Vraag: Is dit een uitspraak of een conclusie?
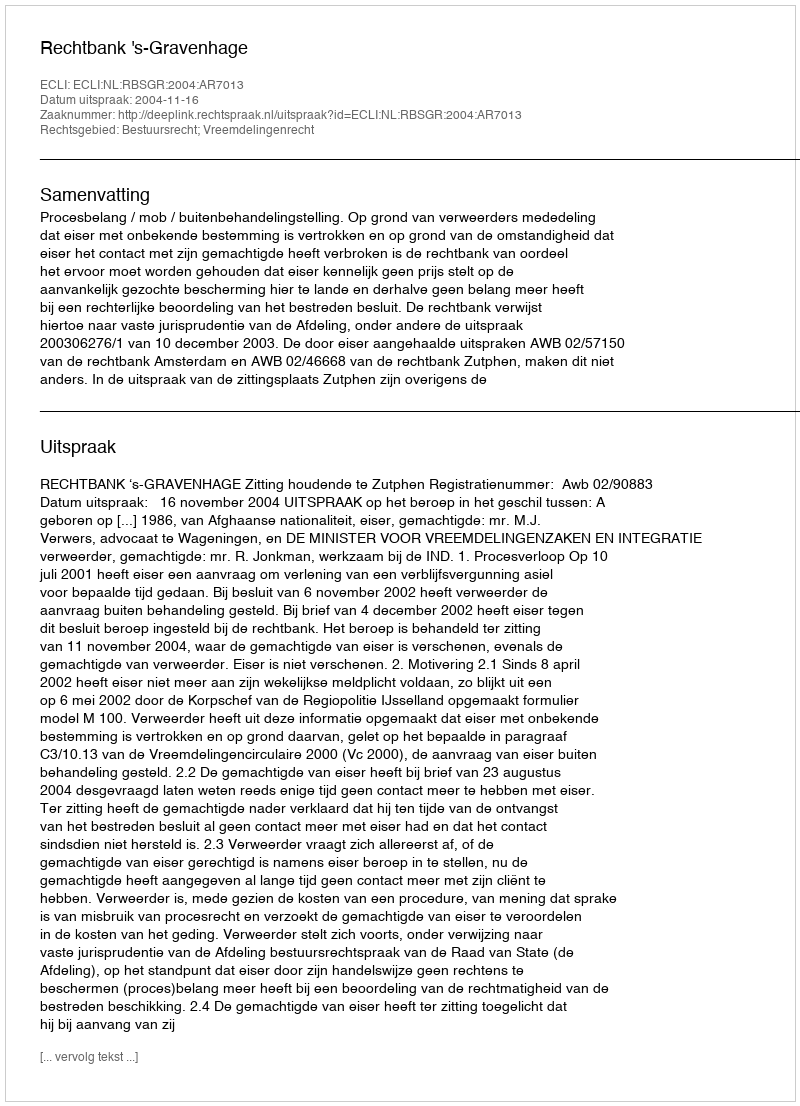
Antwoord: Uitspraak